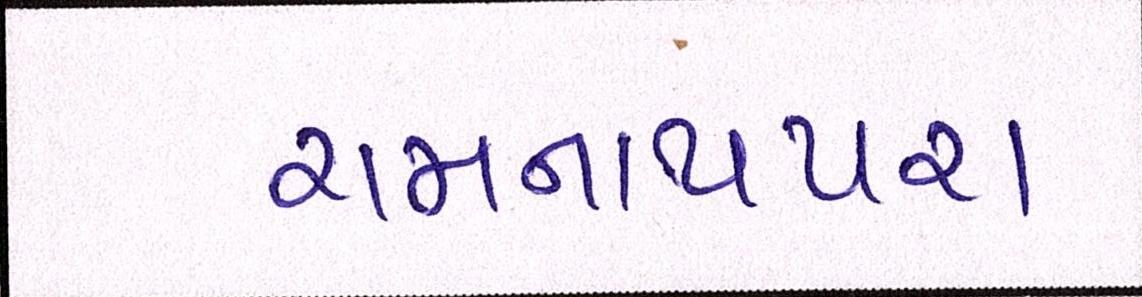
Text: રામનાથપરા